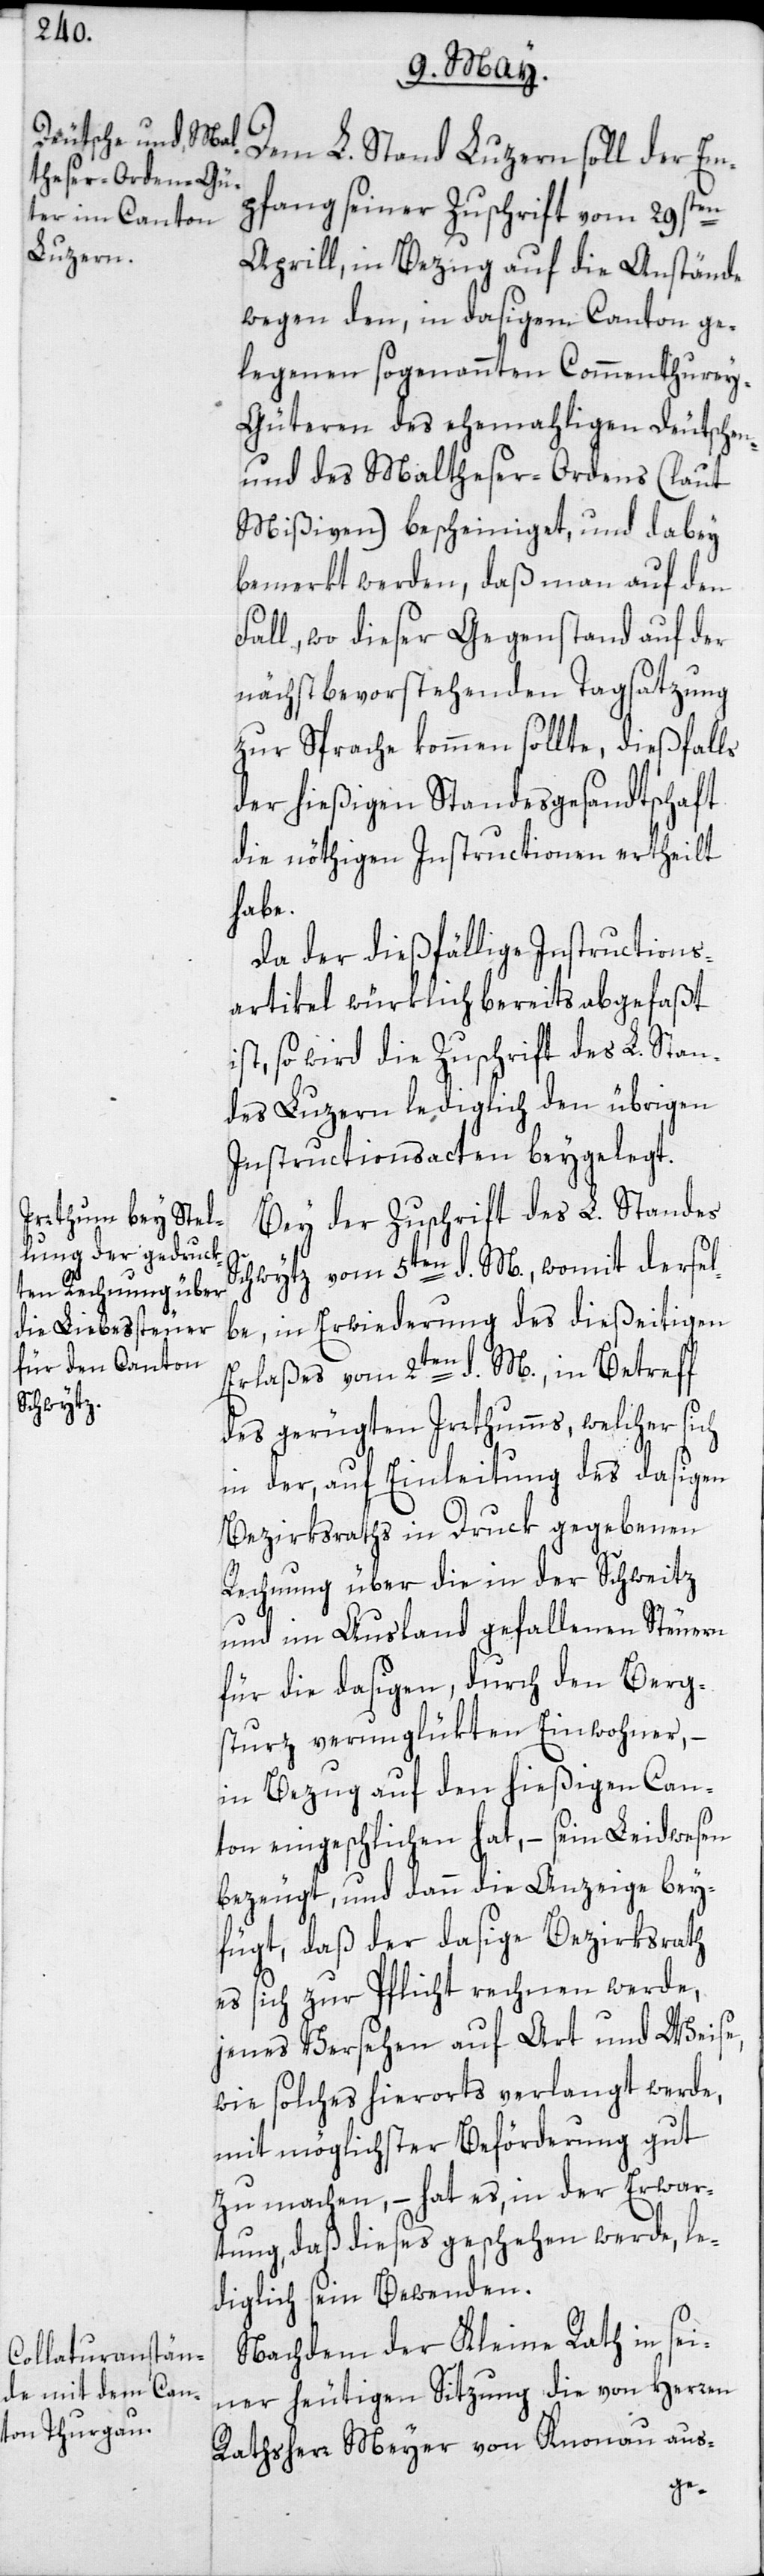
pfang seiner Zuschrift vom 29sten
Luzern
Aprill, in Bezug auf die Anstände
wegen den, in dasigen Canton ge¬
legenen sogenannten Commenthurey-G¬
üteren des ehemahligen Deutschen-
und des Maltheser-Ordens (laut
Mißiven) bescheiniget, und dabey
bemerkt werden, daß man auf den
Fall, wo dieser Gegenstand auf der
nächst bevorstehenden Tagsatzung
zur Sprache kommen sollte, dießfalls
der hießigen Standesgesandtschaft
die nöthigen Instructionen ertheilt
habe.
Da der dießfällige Instructions¬
artikel würklich bereits abgefaßt
ist, so wird die Zuschrift des L. Stan¬
des Luzern lediglich den übrigen
Instructionsacten beygelegt.
Bey der Zuschrift des L. Standes
Schwytz vom 5ten d. M., womit dersel¬
be, in Erwiederung des dießseitigen
Erlaßes vom 2ten d. M., in Betreff
des gerügten Irrthums, welcher
in der, auf Einleitung des dasigen
Bezirksraths in Druck gegebenen
Rechnung über die in der Schweitz
und im Ausland gefallenen Steuern
für die dasigen, durch den Berg¬
sturz verunglükten Einwohner, –
in Bezug auf den hießigen Can¬
ton eingeschlichen hat, – sein Leidwesen
bezeugt, und dann die Anzeige bey¬
fügt, daß der dasige Bezirksrath
es sich zur Pflicht rechnen werde,
jenes Versehen auf Art und Weise,
wie solches hierorts verlangt werde,
mit möglichster Beförderung gut
zu machen, – hat es, in der Erwar¬
tung, daß dieses geschehen werde, le¬
diglich sein Bewenden.
Nachdem der Kleine Rath in sei¬
ner heutigen Sitzung die von Herren
Rathsherr Meyer von Knonau aus-
Em¬